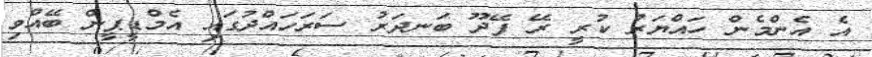
އެ އެންމެން ހައްޔަރު ކުރީ ރޭ ފޭދޫ ބަނދަރު ސަރަހައްދުގައި އެމްޑީޕީން ބޭއްވި